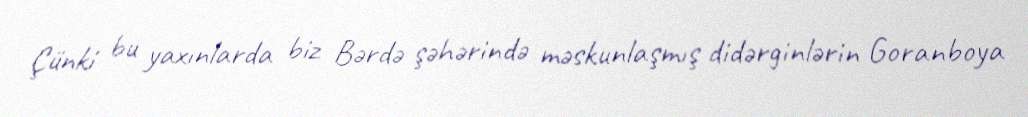
Çünki bu yaxınlarda biz Bərdə şəhərində məskunlaşmış didərginlərin Goranboya